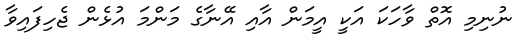
ނުނިމި އޮތް ވާހަކަ އަކީ އީމަން އާއި އޭނާގެ މަންމަ އުޅެން ޖެހިފައިވާ